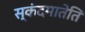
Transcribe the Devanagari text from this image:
स्कंदमातेति